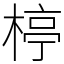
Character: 楟